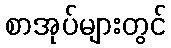
စာအုပ်များတွင်